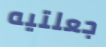
جعلتيه